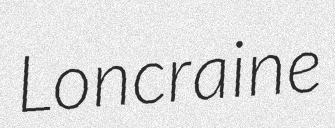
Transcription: Loncraine